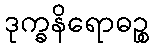
ဒုက္ခနိရောဓဉ္စ